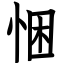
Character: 悃